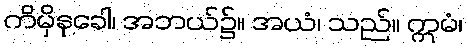
ကိမှိနုခေါ၊ အဘယ်၌။ အယံ၊ သည်။ ဣမံ၊